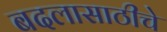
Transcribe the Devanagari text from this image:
बदलासाठीचे